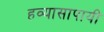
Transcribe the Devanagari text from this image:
हव्यासापायी